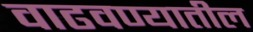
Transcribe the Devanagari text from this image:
वाढवण्यातील